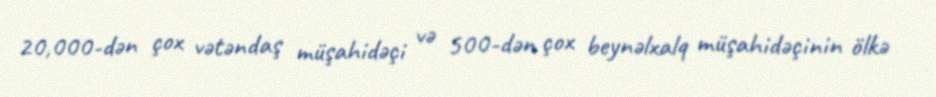
20,000-dən çox vətəndaş müşahidəçi və 500-dən çox beynəlxalq müşahidəçinin ölkə